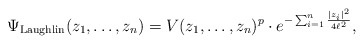
\begin{align*}\Psi_{\rm Laughlin}(z_1,\ldots,z_n) = V(z_1,\ldots,z_n)^p \cdot e^{-\sum_{i=1}^n \frac{|z_i|^2}{4\ell^2}}, \end{align*}